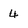
Character: 4